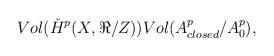
LaTeX: \begin{align*}Vol(\check{H}^p(X,\Re{}/Z))Vol(A^p_{closed}/A^p_0),\end{align*}